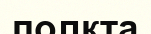
полкта